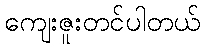
ကျေးဇူးတင်ပါတယ်